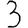
Digit: 3